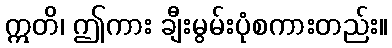
ဣတိ၊ ဤကား ချီးမွမ်းပုံစကားတည်း။